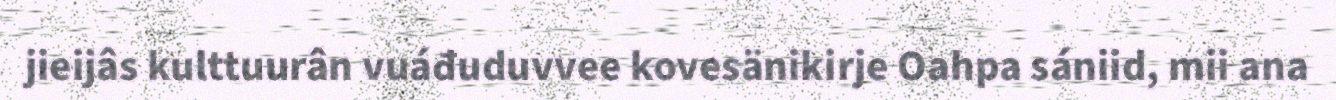
jieijâs kulttuurân vuáđuduvvee kovesänikirje Oahpa sániid, mii ana